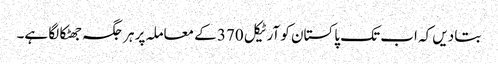
بتا دیں کہ اب تک پاکستان کو آرٹیکل 370 کے معاملہ پر ہر جگہ جھٹکا لگا ہے۔